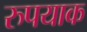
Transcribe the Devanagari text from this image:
रुपयाक